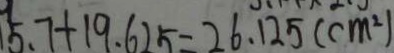
5 . 7 + 1 9 . 6 2 5 = 2 6 . 1 2 5 ( c m ^ { 2 } )